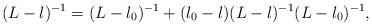
LaTeX: \begin{align*} (L-\l)^{-1} = (L-\l_0)^{-1} + (\l_0 - \l) (L-\l)^{-1} (L-\l_0)^{-1},\end{align*}